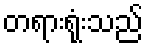
တရားရုံးသည်